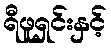
ရီဖူရှင်းနှင့်